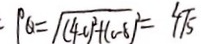
P Q = \sqrt { ( 4 - c ) ^ { 2 } + ( c - 8 ) ^ { 2 } } = 4 \sqrt { 5 }